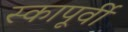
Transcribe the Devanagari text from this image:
स्कापूर्वी